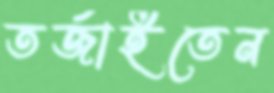
তর্জাইতেন